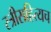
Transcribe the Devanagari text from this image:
स्त्रीसहित्यच